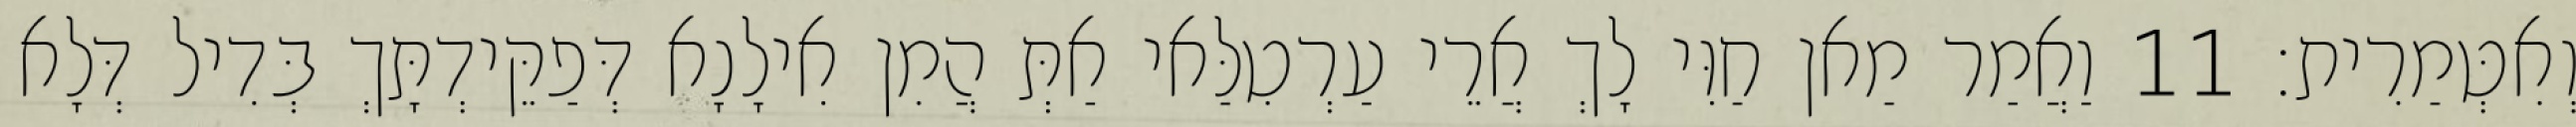
וְאִטְּמַרִית׃ 11 וַאֲמַר מַאן חַוִּי לָךְ אֲרֵי עַרְטִלַּאי אַתְּ הֲמִן אִילָנָא דְּפַקֵּידְתָּךְ בְּדִיל דְּלָא